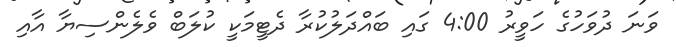
ވަނަ ދުވަހުގެ ހަވީރު 4:00 ގައި ބައްދަލުކުރާ ދެޓީމަކީ ކުލަބް ވެލެންސިޔާ އާއި